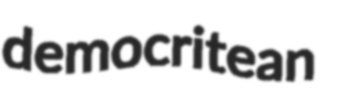
democritean